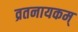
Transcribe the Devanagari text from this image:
व्रतनायकम्